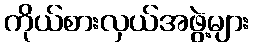
ကိုယ်စားလှယ်အဖွဲ့များ